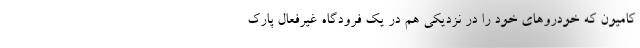
کامیون که خودروهای خود را در نزدیکی هم در یک فرودگاه غیرفعال پارک